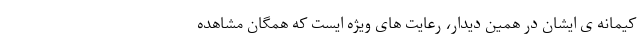
کیمانه ی ایشان در همین دیدار، رعایت های ویژه ایست که همگان مشاهده